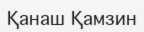
Қанаш Қамзин